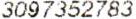
3097352783